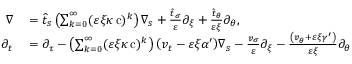
\begin{array} { r l } { \nabla } & { { } = \widehat { t } _ { s } \left( \sum _ { k = 0 } ^ { \infty } ( \varepsilon \xi \kappa \operatorname { c } ) ^ { k } \right) \nabla _ { s } + \frac { \hat { t } _ { \sigma } } { \varepsilon } \partial _ { \xi } + \frac { \hat { t } _ { \theta } } { \varepsilon \xi } \partial _ { \theta } , } \\ { \partial _ { t } } & { { } = \partial _ { \tau } - \left( \sum _ { k = 0 } ^ { \infty } ( \varepsilon \xi \kappa \operatorname { c } ) ^ { k } \right) { \left( v _ { t } - \varepsilon \xi \alpha ^ { \prime } \right) } \nabla _ { s } - \frac { v _ { \sigma } } { \varepsilon } \partial _ { \xi } - \frac { \left( v _ { \theta } + \varepsilon \xi \gamma ^ { \prime } \right) } { \varepsilon \xi } \partial _ { \theta } } \end{array}